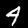
Label: 4